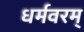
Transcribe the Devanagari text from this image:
धर्मवरम्